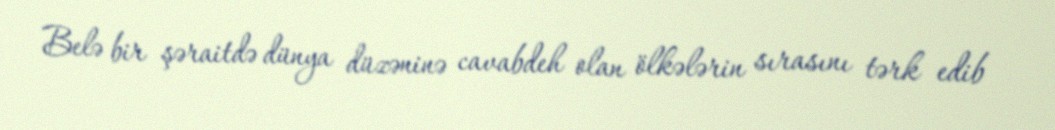
Belə bir şəraitdə dünya düzəninə cavabdeh olan ölkələrin sırasını tərk edib